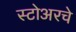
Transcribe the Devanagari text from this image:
स्टोअरचे